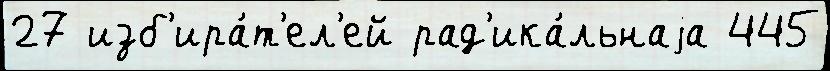
27 изб'ира́т'ел'ей рад'ика́льнаjа 445